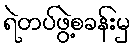
ရဲတပ်ဖွဲ့စခန်းမှ